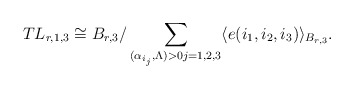
\begin{align*} TL_{r,1,3}\cong B_{r,3}/\sum_{(\alpha_{i_j},\Lambda)>0j=1,2,3}\langle e(i_1,i_2,i_3) \rangle_{B_{r,3}}. \end{align*}